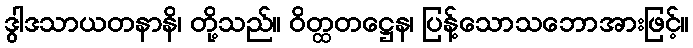
ဒွါဒသာယတနာနိ၊ တို့သည်။ ဝိတ္ထတဋ္ဌေန၊ ပြန့်သောသဘောအားဖြင့်။